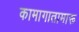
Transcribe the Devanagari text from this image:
कामागातामारू